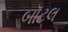
બૉટલ